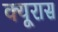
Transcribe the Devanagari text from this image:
क्यूरास